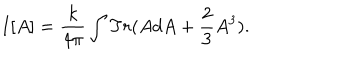
LaTeX: I [ A ] = \frac { k } { 4 \pi } \int T r ( A d A + \frac { 2 } { 3 } A ^ { 3 } ) .